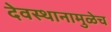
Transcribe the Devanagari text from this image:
देवस्थानामुळेच